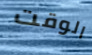
الوقت